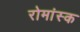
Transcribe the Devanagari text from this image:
रोमांस्क